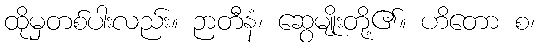
ထိုမှတစ်ပါးလည်း။ ဉာတီနံ၊ ဆွေမျိုးတို့၏။ ဟိတော စ၊